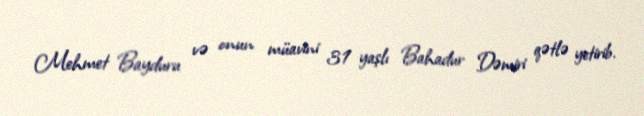
Mehmet Bayduru və onun müavini 31 yaşlı Bahadur Dəmiri qətlə yetirib.